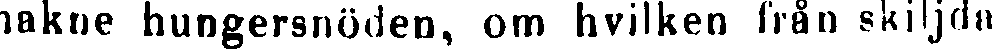
nakne hungersnöden, om hvilken från skiljda